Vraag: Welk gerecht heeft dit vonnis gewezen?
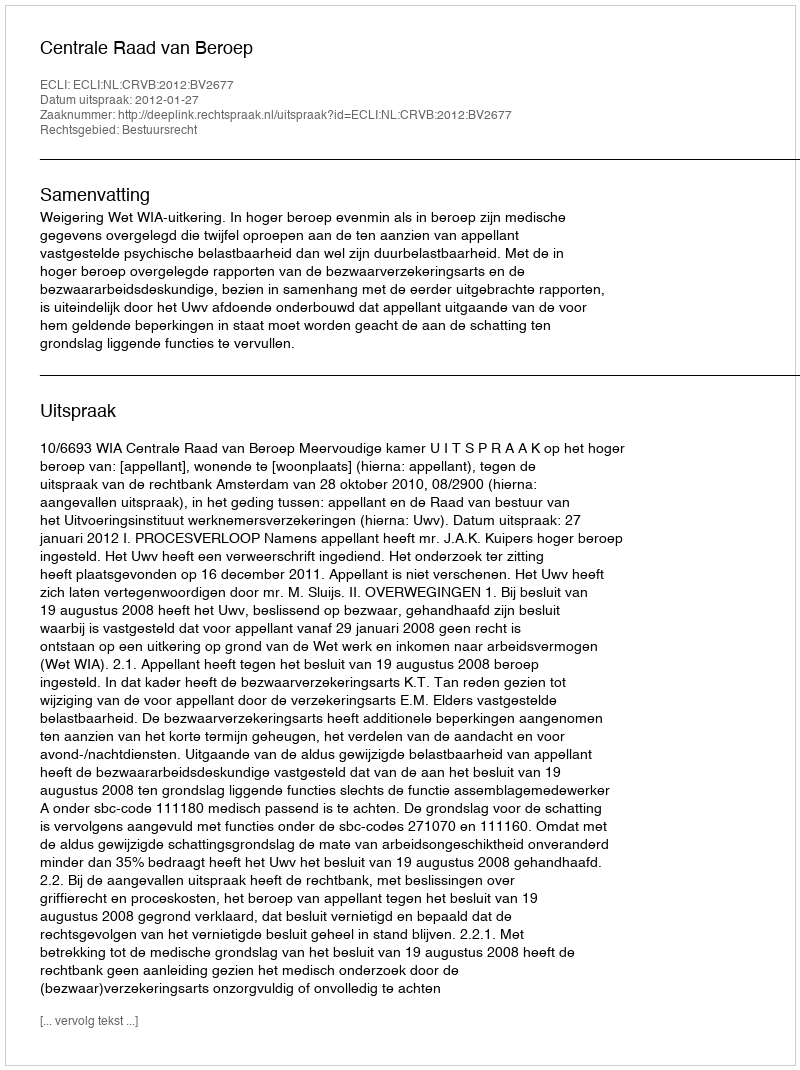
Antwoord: Centrale Raad van Beroep